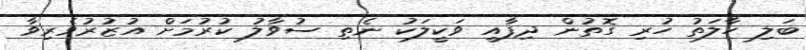
ބަލި ހާލަތު ހުރި ގޮތުން ދިފާއީ ވަކީލަކު ނެތި ސުވާލު ކުރުމަށް އުޒުރުވެރިވާ